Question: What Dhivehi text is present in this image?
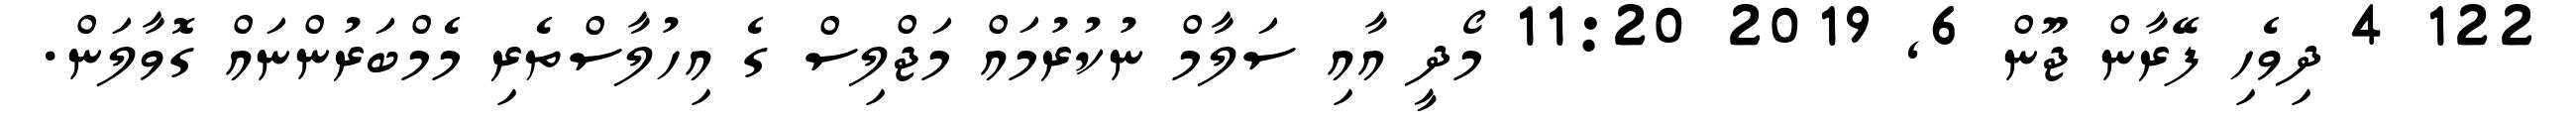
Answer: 122 4 ދިވެހި ފޭރާން ޖޫން 6, 2019 11:20 މޯދީ އާއި ސަލާމް ނުކުރުމައް މަޖްލިސް ގެ އިހުލާސްތެރި މެމްބަރުންނައް ގޮވާލަން.